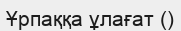
Ұрпаққа ұлағат ()